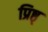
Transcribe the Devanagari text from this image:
प्रिष्ठ्